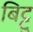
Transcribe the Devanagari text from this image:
बिट्टु